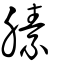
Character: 膆